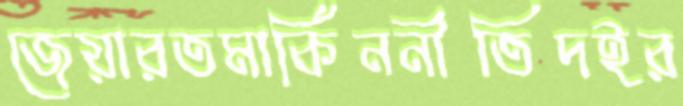
জেয়ারতমার্কিননীতিদইর